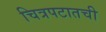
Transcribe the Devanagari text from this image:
चित्रपटातची